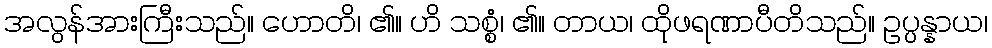
အလွန်အားကြီးသည်။ ဟောတိ၊ ၏။ ဟိ သစ္စံ၊ ၏။ တာယ၊ ထိုဖရဏာပီတိသည်။ ဥပ္ပန္နာယ၊